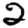
Digit: 2